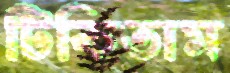
টিকিতাম